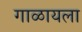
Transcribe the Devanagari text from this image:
गाळायला